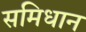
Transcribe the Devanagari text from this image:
समिधान